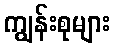
ကျွန်းစုများ